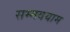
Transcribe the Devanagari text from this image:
सम्मवयाम